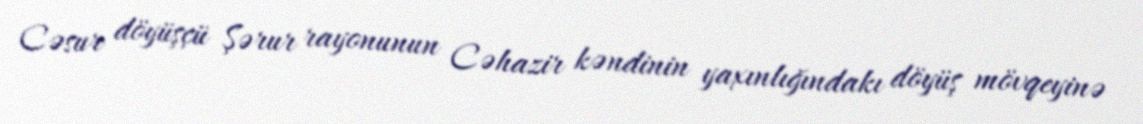
Cəsur döyüşçü Şərur rayonunun Cəhazir kəndinin yaxınlığındakı döyüş mövqeyinə